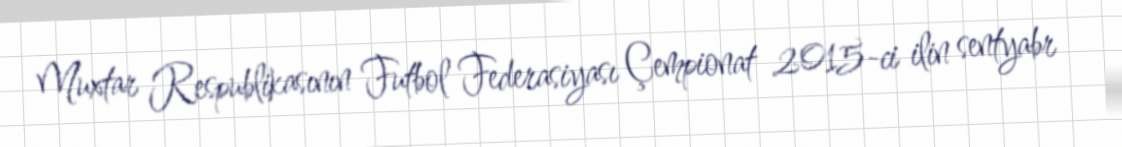
Muxtar Respublikasının Futbol Federasiyası Çempionat 2015-ci ilin sentyabr